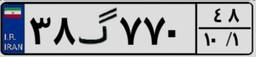
۳۸گ۷۷۰۴۸